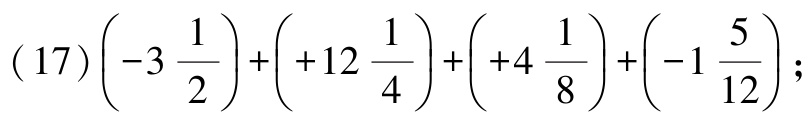
\((17)\left(-3\frac{1}{2}\right)+\left(+12\frac{1}{4}\right)+\left(+4\frac{1}{8}\right)+\left(-1\frac{5}{12}\right);\)